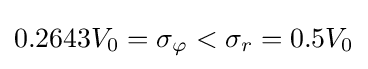
0.2643V_{0}=\sigma _{\varphi }<\sigma _{r}=0.5V_{0}